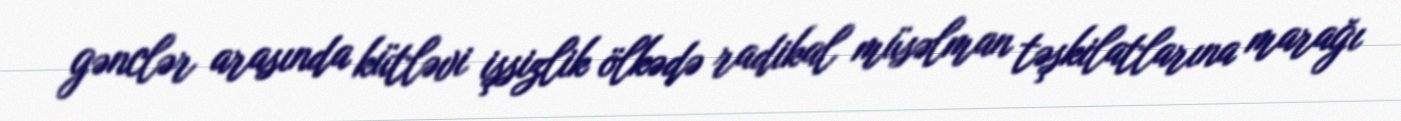
gənclər arasında kütləvi işsizlik ölkədə radikal müsəlman təşkilatlarına marağı